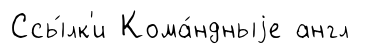
Ссы́лк'и Кома́ндныjе англ